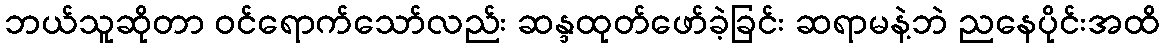
ဘယ်သူဆိုတာ ဝင်ရောက်သော်လည်း ဆန္ဒထုတ်ဖော်ခဲ့ခြင်း ဆရာမနဲ့ဘဲ ညနေပိုင်းအထိ